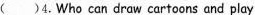
( )4.Who can draw cartoons and play